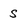
Character: s